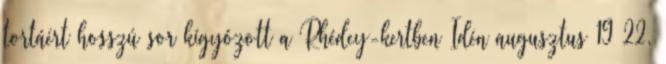
tortáért hosszú sor kígyózott a Rhédey-kertben Idén augusztus 19–22.